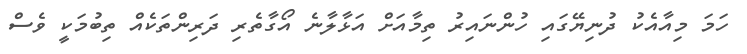
ހަމަ މިއާއެކު ދުނިޔޭގައި ހުންނައިރު ތިމާއަށް އަޅާލާނެ އޯގާތެރި ދަރިންތަކެއް ތިބުމަކީ ވެސް